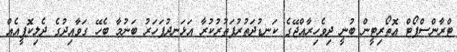
ޓްރާންސްޕޯޓް އޮތޯރިޓީން ބުނީ ދިވެހިރާއްޖޭގެ ކަނޑުދަތުރުފަތުރުކުރާ އަޅަނދުފަހަރު ބަނުމާ ބެހޭ ގަވާއިދުގެ ދެލިކޮޕީއެއް